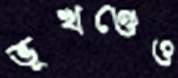
ভূখণ্ডেও